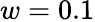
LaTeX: w=0.1